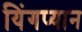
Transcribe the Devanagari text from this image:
यिंगप्यान